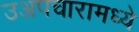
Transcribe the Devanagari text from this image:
उअपचारामध्ये